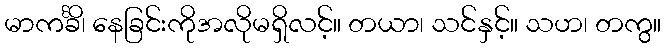
မာကင်္ခိ၊ နေခြင်းကိုအလိုမရှိလင့်။ တယာ၊ သင်နှင့်။ သဟ၊ တကွ။